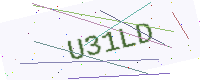
Text: U31LD